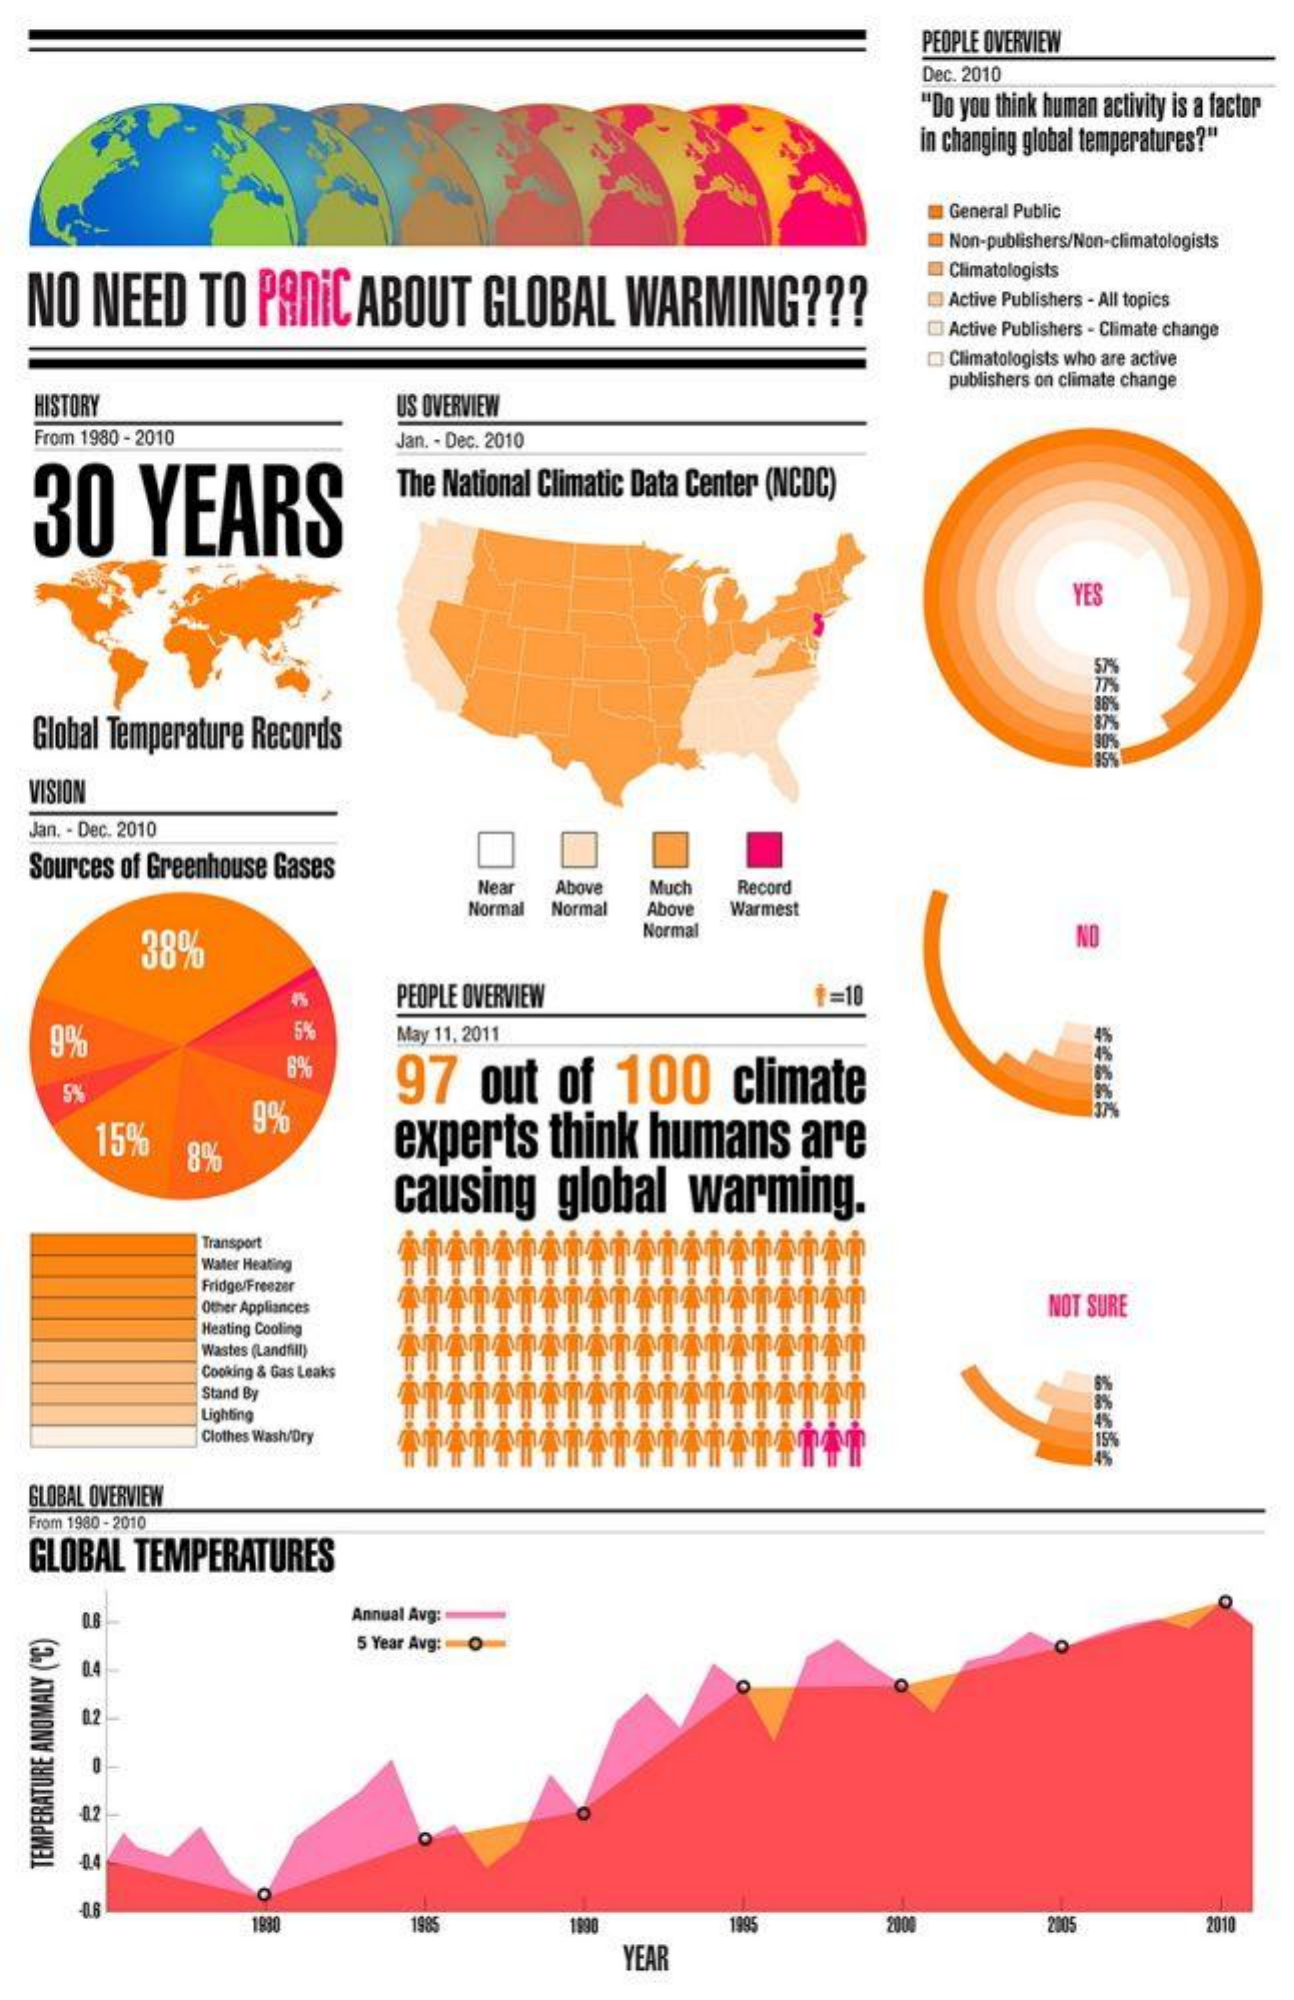
PEOPLE OVERVIEW
     Dec. 2010
     "Do you think human activity is a factor
     in changing global temperatures?"
     General Public
     Non-publishers/Non-climatologists
   NO  NEED    TO   PANIC   ABOUT    GLOBAL    WARMING    ???
     IClimatologists
     Active Publishers - All topics
     Active Publishers - Climate change
     @ Climatologists who are active
     US OVERVIEW
     publishers on climate change
   HISTORY
   From 1980 - 2010    Jan. - Dec. 2010
   30    YEARS
     The National Climatic Data Center (NCDC)
     YES
   Global Temperature Records    90%
   VISION
   Jan. - Dec. 2010
  Sources of Greenhouse Gases
     Near  Above  Much   Record
     Normal Normal Above  Warmest
     38%
     Normal    ND
     PEOPLE OVERVIEW    F=1
    9%    5%    May 11, 2011
     8%
     97   out    of   100    climate
     15%    8%
     9%
     experts    think   humans    are
     causing    global    warming.
     Transport
     Water Heating
     Fridge/Freezer
     Other Appliances    NOT SURE
     Heating Cooling
     Wastes (Landfill)
     Cooking & Gas Leaks
     Stand By
     Lighting
     Clothes Wash/Dry
   GLOBAL OVERVIEW
   From 1980 - 2010
  GLOBAL   TEMPERATURES
     0.8    Annual Avg:
     5 Year Avg: O
     0.4
     02
     -0.2 TEMPERATURE
   ANOMALY
   (
   ℃
   )
     -0.6
     1990    1985    1990    1995    2001    2005    2010
     YEAR